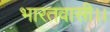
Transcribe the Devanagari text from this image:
भारतवासी।।